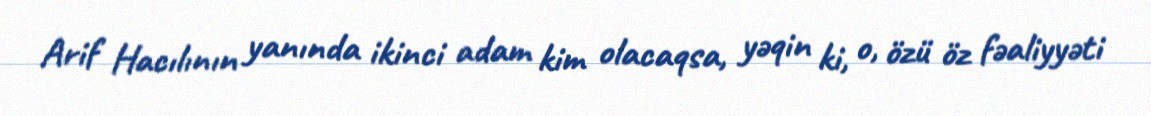
Arif Hacılının yanında ikinci adam kim olacaqsa, yəqin ki, o, özü öz fəaliyyəti